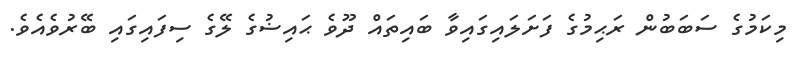
މިކަމުގެ ސަބަބުން ރަޙިމުގެ ފަށަލައިގައިވާ ބައިތައް ދޫވެ ޙައިޟުގެ ލޭގެ ސިފައިގައި ބޭރުވެއެވެ.